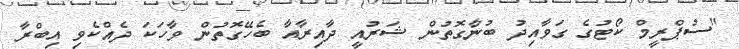
"ސުޕްރީމް ކޯޓުގެ ގަވާއިދު ބުނާގޮތުން ޝަރުއީ ދާއިރާއާ ބެހޭގޮތުން ވާހަކަ ދެއްކެވި އިބްރާ